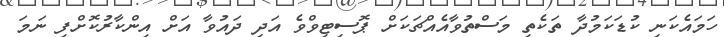
ހަމައެކަނި ކުޑަކަމުދާ ތަކެތި މަސްތުވާއެއްޗަކަށް ޕޮސިޓިވްވެ އަދި ދައުވާ އަށް އިންކާރުކޮށްފި ނަމަ